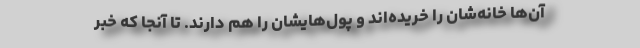
آن‌ها خانه‌شان را خریده‌اند و پول‌هایشان را هم دارند. تا آنجا که خبر